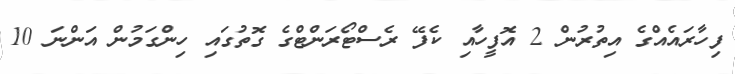
ފިހާރައެއްގެ އިތުރުން 2 އޮފީހާއި ކެފޭ ރެސްޓޯރަންޓްގެ ގޮތުގައި ހިންގަމުން އަންނަ 10